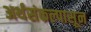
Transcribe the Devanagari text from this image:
अर्थसंकल्पासून